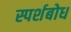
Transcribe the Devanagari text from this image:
स्पर्शबोध